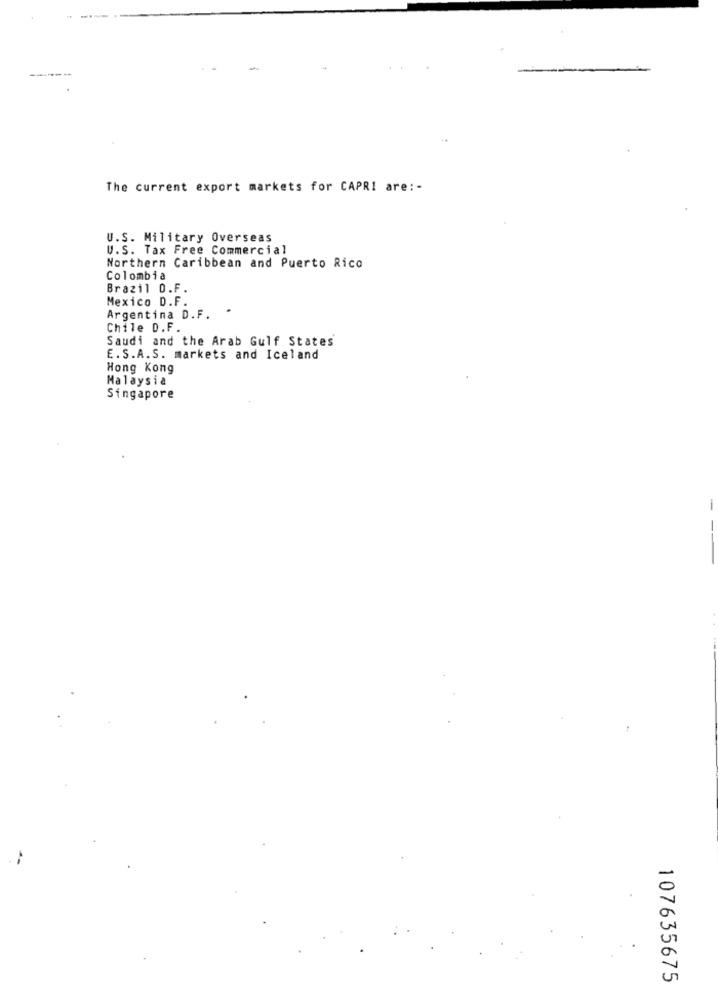
The current export markets for CAPRI are :-
U.S. Military Overseas
U.S. Tax Free Commercial
Northern Caribbean and Puerto Rico
Colombia
Brazil O.F.
Mexico D.F.
.
Argentina D.F.
Chile D.F.
Saudi and the Arab Gulf States
E.S.A.S. markets and Iceland
Hong Kong
Malaysia
Singapore
107635675